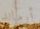
أرماند